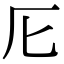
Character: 𠨬